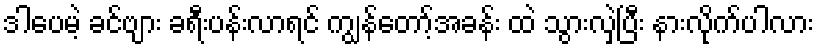
ဒါပေမဲ့ ခင်ဗျား ခရီးပန်းလာရင် ကျွန်တော့်အခန်း ထဲ သွားလှဲပြီး နားလိုက်ပါလား